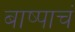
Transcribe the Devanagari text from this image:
बाष्पाचं